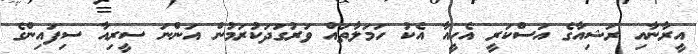
އީރާނާއި ރަޝިއާގެ އަސްކަރީ އެހީއާ އެކު ހަމަލާތައް ވަރުގަދަކުރަމުން އަންނަ ސީރިއާ ސިފައިންގެ